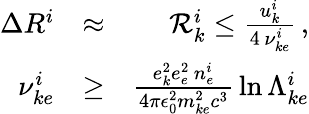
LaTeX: \begin{array}{rlr}{\Delta R^{i}}&{\approx}&{{\cal R}_{k}^{i}\le\frac{u_{k}^{i}}{4\, \nu_{ke}^{i}}\, ,}\\ {\nu_{ke}^{i}}&{\ge}&{\frac{e_{k}^{2}e_{e}^{2}\, n_{e}^{i}}{4\pi\epsilon_{0}^{2}m_{ke}^{2}c^{3}}\, \ln\Lambda_{ke}^{i}}\end{array}